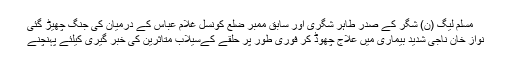
مسلم لیگ (ن) شگر کے صدر طاہر شگری اور سابق ممبر ضلع کونسل غلام عباس کے درمیان کی جنگ چھیڑ گئی
نواز خان ناجی شدید بیماری میں علاج چھوڈ کر فوری طور پر حلقے کےسیلاب متاثرین کی خبر گیری کیلئے پہنچنے